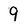
Character: 9